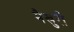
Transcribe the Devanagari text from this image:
मैखुरी